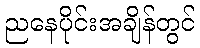
ညနေပိုင်းအချိန်တွင်